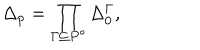
LaTeX: \Delta _ { p } = \prod _ { \Gamma \subseteq P ^ { \circ } } \Delta _ { 0 } ^ { \Gamma } ,